Report on the working of the Ranchi Indian Mental Hospital, Kanke, in Bihar and Orissa - 1930-1940
Year: 1930
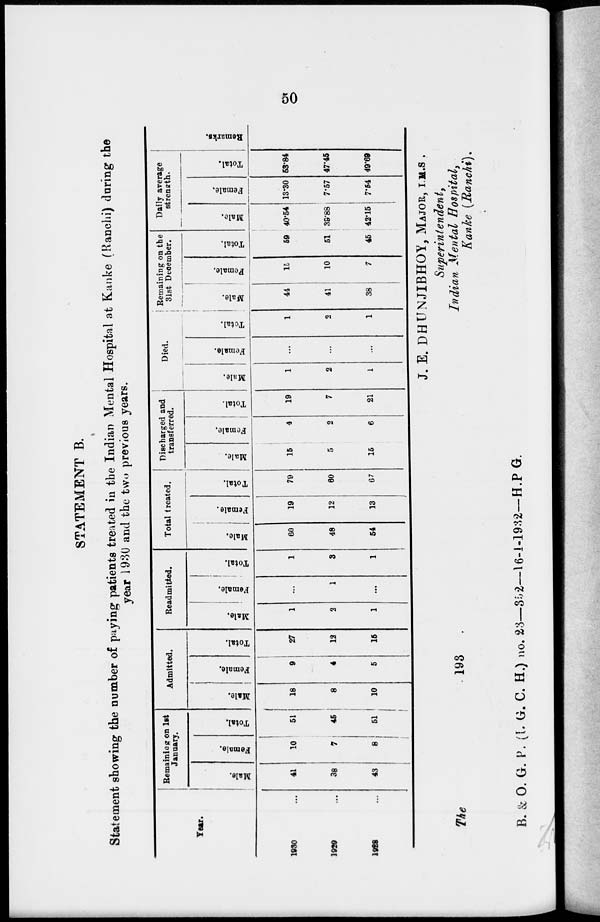
50
STATEMENT B.
Statement showing the number of paying patients treated in the Indian Mental Hospital at Kanke (Ranchi) during the
year 1930 and the two previous years.
Year.
1930 ...
1929 ...
1928 ...
Remaining on 1st
January.
Male.
41
38
43
Female.
10
7
8
Total.
51
45
51
Admitted.
Hale.
18
8
10
Female.
9
4
5
Total.
27
12
15
Readmitted.
Male.
1
2
1
Female.
...
1
...
Total.
1
3
1
Total treated.
Male.
60
48
54
Female.
19
12
13
Total.
79
80
67
Discharged and
transferred.
Male.
15
5
15
Female.
4
2
6
Total.
19
7
21
Died.
Male.
1
2
1
Female.
...
...
...
Total.
1
2
1
Remaining on the
31st December.
Male.
44
41
38
Female.
15
10
7
Total.
59
51
45
Daily average
strength.
Male.
40.54
39.88
42.15
Female.
13.30
7.57
7.54
Total.
53.84
47.45
49.69
Remarks.
The
193
J. E. DHUNJIBHOY, MAJOR, I.M.S.
Superintendent,
Indian Mental Hospital,
Kanke (Ranchi).
B. & O. G. P. (I. G. C. H.) no. 23—352—16-1-1932—H.P G.